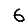
Digit: 6